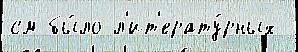
см бы́ло л'ит'ерату́рных